Indian journal of veterinary science and animal husbandry - Volume 2,
Year: 1932
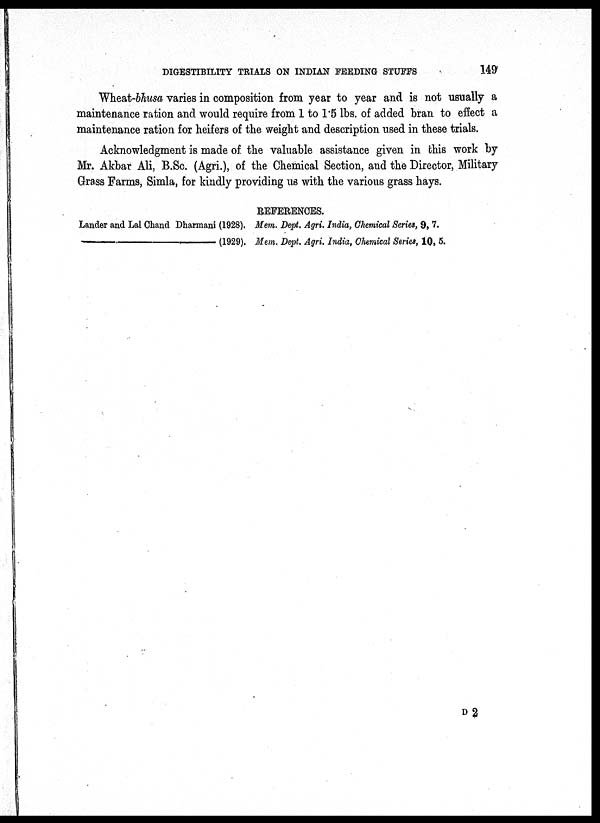
DIGESTIBILITY TRIALS ON INDIAN FEEDING STUFFS
149
Wheat-bhusa varies in composition from year to year and is not usually a
maintenance ration and would require from 1 to 1.5 lbs. of added bran to effect a
maintenance ration for heifers of the weight and description used in these trials.
Acknowledgment is made of the valuable assistance given in this work by
Mr. Akbar Ali, B.Sc. (Agri.), of the Chemical Section, and the Director, Military
Grass Farms, Simla, for kindly providing us with the various grass hays.
REFERENCES.
Lander and Lal Chand Dharmani (1928). Mem. Dept. Agri. India, Chemical Series, 9, 7.
—
(1929). Mem. Dept. Agri. India, Chemical Series, 10, 5.
D 2